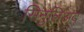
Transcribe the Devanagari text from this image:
सिनुलिअद